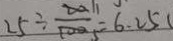
2 5 \div \frac { 2 0 } { 1 0 0 } = 6 . 2 5